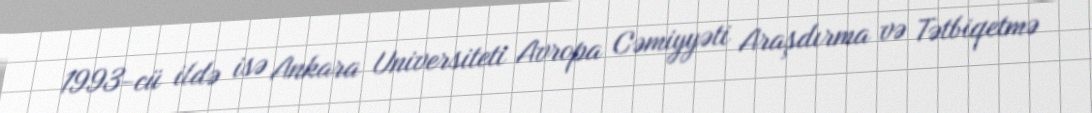
1993-cü ildə isə Ankara Universiteti Avropa Cəmiyyəti Araşdırma və Tətbiqetmə